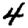
Digit: 4